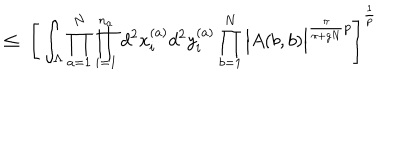
LaTeX: \leq \; \Bigg [ \int _ { \Lambda } \prod _ { a = 1 } ^ { N } \prod _ { i = 1 } ^ { n _ { a } } d ^ { 2 } x _ { i } ^ { ( a ) } d ^ { 2 } y _ { i } ^ { ( a ) } \prod _ { b = 1 } ^ { N } \Big | A ( b , b ) \Big | ^ { \frac { \pi } { \pi + g N } p } \Bigg ] ^ { \frac { 1 } { p } }